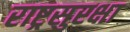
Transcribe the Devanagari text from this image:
राष्ट्रसुरक्षा